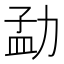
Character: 勐